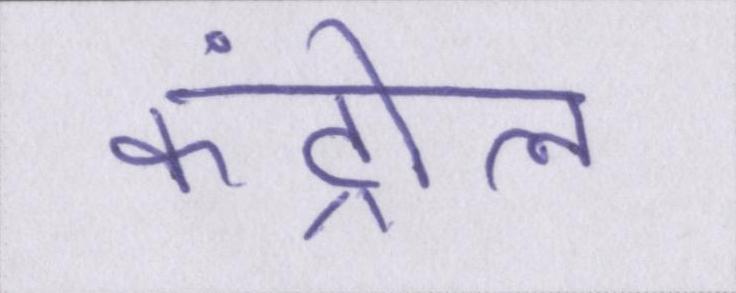
कंट्रोल